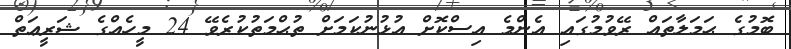
ބޮމުގެ ޙަމަލާތައް ރޭވުމުގައި އެންމެ އިސްކޮށް އުޅުނުކަމަށް ތުޙްމަތުކުރެވޭ 24 މީހެއްގެ ޝަރީޢަތް